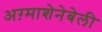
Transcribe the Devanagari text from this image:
अग़्माशेनेबेली